Cholera in southern India
Disease focus: Cholera
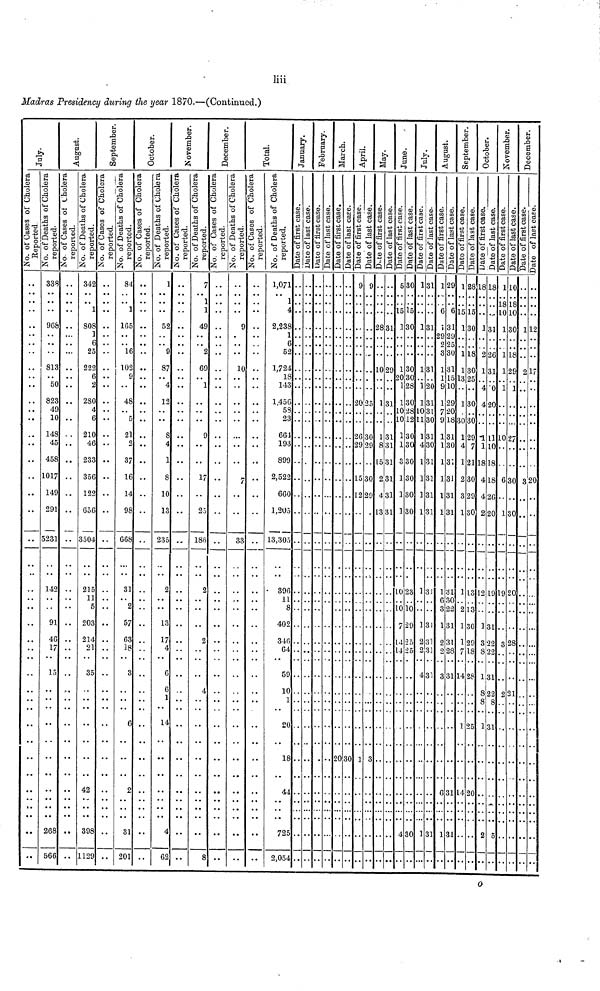
liii,
Madras Presidency during the year 1870.—(Continued.)
338
968
813
50
823
49
10
148
45
458
1017
149
291
5231
142
91
4G
17
15
268
566
.. 342
1
.. 808
1
6
25
.. 222
6
• •
2
.. 280
4
6
. , 210
46
.. 233
.. 356
.. 122
.. 656
.. 3504
.. 215
11
5
.. 203
.. 214
21
35
.. 42
.. 398
.. 1129
84
1
165
16
102
9
48
5
21
2
37
16
14
98
668
31
2
57
63
18
3
6
o
31
201
1
52
9
87
4
12
S
4
1
8
10
13
235
2
13
17
4
6
6
1
14
4
62
1
49
0
69
1
g
17
25
186
2
2
4
8
..
..
1,071.
..
..
1
..
• •
4
9 ..
2,238.
1
....
6
..
..
52.
10 ..
1,724.
..
..
18
..
..
143
..
..
1,456
..
..
58
..
..
23
664
..
..
193
..
..
899
7 ..
2,522
..
..
660
..
..
1,205
33 .. 13,305
..
.. • 396
11
..
..
8
..
..
402
..
..
346
64
..
..
59
10
1
20
..
..
18
..
..
44
..
..
725
..
..
2,054
... 9 9 .. .
283
102
... 20 25 1 3
.... 26 30 1
. .. 29 29 8;
15.'
.... 15 30 2
.. .. 12 29 4
13
20 30 1 3 .
. 53
.15
1 1 3
9 1 3
20 3
. 12
31 13
10 2
101
51 13
51 13
51 3 3
il 13
51 13
51 13
..10 2
LO
.. 7
.. 14
.. 14
.. 4
0 13
5 .. .
0 13
0 13
0 .. .
8 12
0 13
8 10 2
2112
0 12
0 4 2
0 1?
0 K
0 1 3
o 13
.8 1
0 ..
9 1
5 2
25 2
4
30 1
1
1
1
0
1
1
0
1
0
1
1
1
il
53
31
31
31
31
31
12
6
13
95
25
30
l3
1
9
12
7i
9
13
13
1
1
1
1
1
6
3
1
2
2
3
6
1
9
61
51
9 .
5 .
50
51
L5 1
L0
19
20
L8
31
30
31
31
31
31
¿1
22
31
31
28
31
31
31
1 2
51
13
1]
13
3
1
0
1
4
1
2
3
1
1
2
1
1
7
14
1
14
81
5
0
8
0
5
30
10
29
7
21
50
29
50
13
3
30
29
18
28
25
20
81
13
22
12
4
4
11
1
8
4]
4:
2i
2
1
3
8
1
8
8
1
2
8
. 1
.. l
1
6
1
0
0
1
0
8
18
26
20
19
31
22
22
31
22
8
5
11
81
01
13
11
12
1
02
6;
13
9
3
2
o.
8 .
0 .
0
g
9
1 .
7
50
50
20
28
21
11
21
3
— -
2
7
20